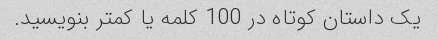
یک داستان کوتاه در 100 کلمه یا کمتر بنویسید.